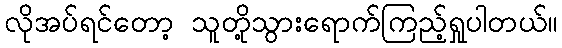
လိုအပ်ရင်တော့ သူတို့သွားရောက်ကြည့်ရှုပါတယ်။